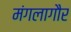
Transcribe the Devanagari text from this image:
मंगलागौर